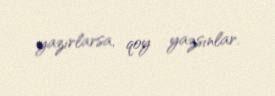
yazırlarsa, qoy yazsınlar.